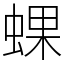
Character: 蜾